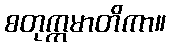
စတုက္ကမာတိကာ။